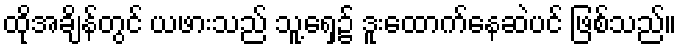
ထိုအချိန်တွင် ယဖားသည် သူ့ရှေ့၌ ဒူးထောက်နေဆဲပင် ဖြစ်သည်။